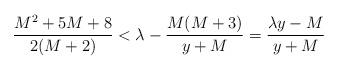
LaTeX: \begin{align*} \frac{M^2+5M+8}{2(M+2)} < \lambda - \frac{M(M+3)}{y+M} = \frac{\lambda y - M}{y+M}\end{align*}